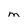
Character: M